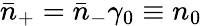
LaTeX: \bar{n}_{+}=\bar{n}_{-}\gamma_{0}\equiv n_{0}